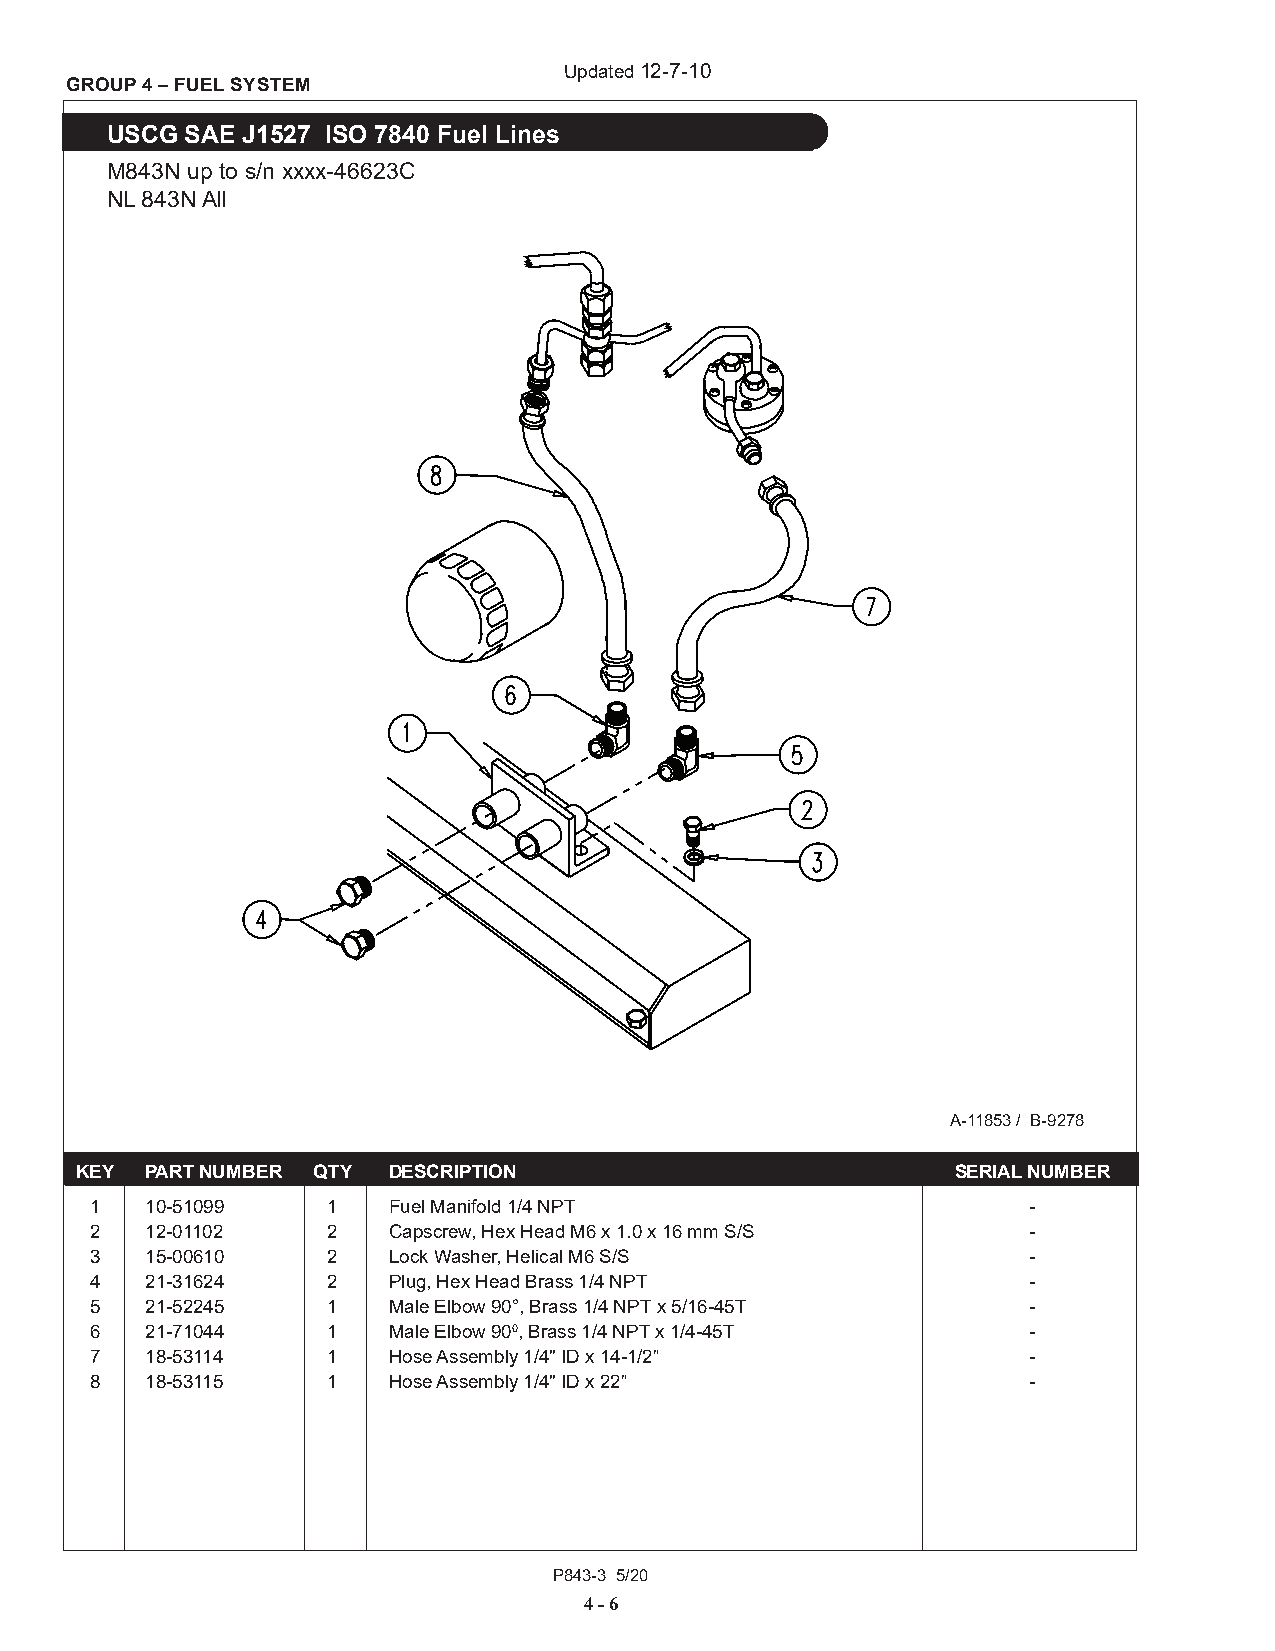
Updated 12-7-10
 GROUP 4 – FUEL SYSTEM
 USCG SAE J1527 ISO 7840 Fuel Lines
 M843N up to s/n xxxx-46623C
 NL 843N All
 A-11853 / B-9278
 KEY  PART NUMBER QTY DESCRIPTION                          SERIAL NUMBER
 1   10-51099    1   Fuel Manifold 1/4 NPT                     -
 2   12-01102    2   Capscrew, Hex Head M6 x 1.0 x 16 mm S/S   -
 3   15-00610    2   Lock Washer, Helical M6 S/S               -
 4   21-31624    2   Plug, Hex Head Brass 1/4 NPT              -
 5   21-52245    1   Male Elbow 90°, Brass 1/4 NPT x 5/16-45T  -
 6   21-71044    1   Male Elbow 900, Brass 1/4 NPT x 1/4-45T   -
 7   18-53114    1   Hose Assembly 1/4" ID x 14-1/2”           -
 8   18-53115    1   Hose Assembly 1/4" ID x 22”               -
 P843-3 5/20
 4 - 6